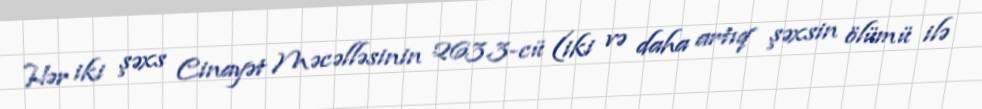
Hər iki şəxs Cinayət Məcəlləsinin 263.3-cü (iki və daha artıq şəxsin ölümü ilə